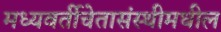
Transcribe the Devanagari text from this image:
मध्यवर्तीचेतासंस्थीमधील